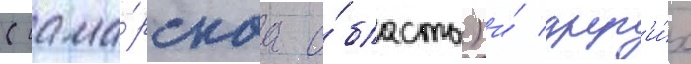
(сама́рскаа о́бласть) и́ друг'и́х